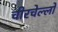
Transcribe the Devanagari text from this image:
चीरचेल्लो